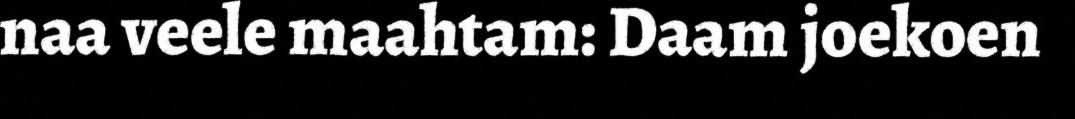
naa veele maahtam: Daam joekoen